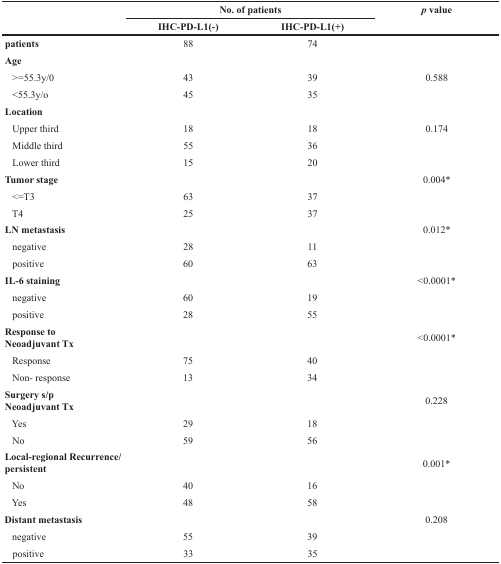
<table><thead><tr><td rowspan="2"></td><td colspan="2"><b>No. of patients</b></td><td rowspan="2"><b><i>p</i> value</b></td></tr><tr><td><b>IHC-PD-L1(−)</b></td><td><b>IHC-PD-L1(+)</b></td></tr></thead><tbody><tr><td><b>patients</b></td><td>88</td><td>74</td><td></td></tr><tr><td><b>Age</b></td><td></td><td></td><td></td></tr><tr><td> &gt;=55.3y/0</td><td>43</td><td>39</td><td>0.588</td></tr><tr><td> &lt;55.3y/o</td><td>45</td><td>35</td><td></td></tr><tr><td><b>Location</b></td><td></td><td></td><td></td></tr><tr><td> Upper third</td><td>18</td><td>18</td><td>0.174</td></tr><tr><td> Middle third</td><td>55</td><td>36</td><td></td></tr><tr><td> Lower third</td><td>15</td><td>20</td><td></td></tr><tr><td><b>Tumor stage</b></td><td></td><td></td><td>0.004*</td></tr><tr><td> &lt;=T3</td><td>63</td><td>37</td><td></td></tr><tr><td> T4</td><td>25</td><td>37</td><td></td></tr><tr><td><b>LN metastasis</b></td><td></td><td></td><td>0.012*</td></tr><tr><td> negative</td><td>28</td><td>11</td><td></td></tr><tr><td> positive</td><td>60</td><td>63</td><td></td></tr><tr><td><b>IL-6 staining</b></td><td></td><td></td><td>&lt;0.0001*</td></tr><tr><td> negative</td><td>60</td><td>19</td><td></td></tr><tr><td> positive</td><td>28</td><td>55</td><td></td></tr><tr><td><b>Response to Neoadjuvant Tx</b></td><td></td><td></td><td>&lt;0.0001*</td></tr><tr><td> Response</td><td>75</td><td>40</td><td></td></tr><tr><td> Non- response</td><td>13</td><td>34</td><td></td></tr><tr><td><b>Surgery s/p Neoadjuvant Tx</b></td><td></td><td></td><td>0.228</td></tr><tr><td> Yes</td><td>29</td><td>18</td><td></td></tr><tr><td> No</td><td>59</td><td>56</td><td></td></tr><tr><td><b>Local-regional Recurrence/persistent</b></td><td></td><td></td><td>0.001*</td></tr><tr><td> No</td><td>40</td><td>16</td><td></td></tr><tr><td> Yes</td><td>48</td><td>58</td><td></td></tr><tr><td><b>Distant metastasis</b></td><td></td><td></td><td>0.208</td></tr><tr><td> negative</td><td>55</td><td>39</td><td></td></tr><tr><td> positive</td><td>33</td><td>35</td><td></td></tr></tbody></table>